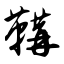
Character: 鞲